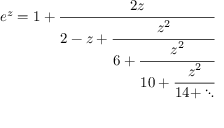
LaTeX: e ^ { z } = 1 + { \cfrac { 2 z } { 2 - z + { \cfrac { z ^ { 2 } } { 6 + { \cfrac { z ^ { 2 } } { 1 0 + { \cfrac { z ^ { 2 } } { 1 4 + \ddots } } } } } } } }